Sketch of the medical history of the native army of Bombay, for the year
Year: 1872
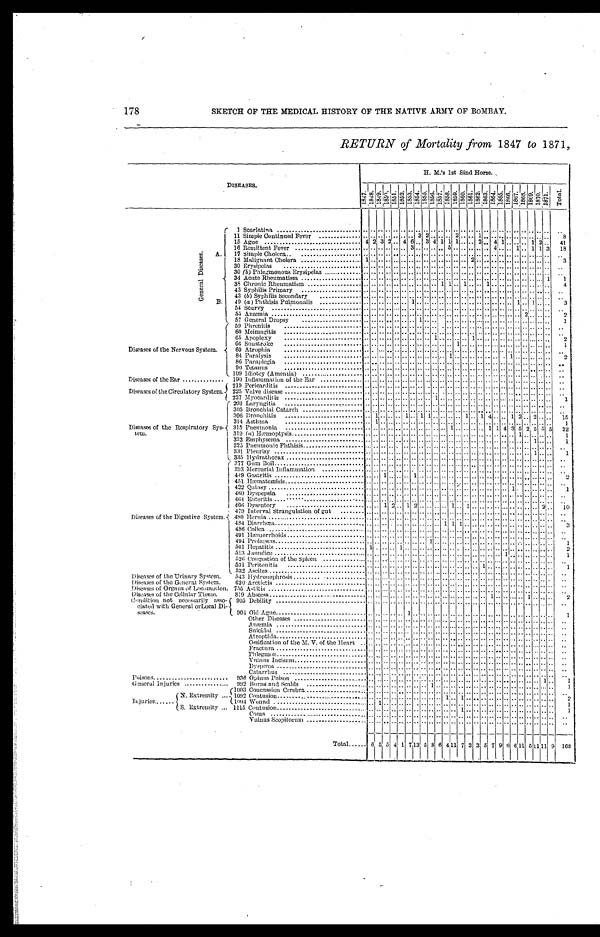
178
SKETCH OF THE MEDICAL HISTORY OF THE NATIVE ARMY OF BOMBAY.
RETURN of Mortality from 1847 to 1871
DISEASES.
H. M.'s 1st Sind Horse.
1 8 4 7
1 8 4 8
1 8 4 9 1 8 5 0
1 8 5 1 1 8 5 2
1 8 5 3 1 8 5 4 1 8 5 5
1 8 5 6
1 8 5 7 1 8 5 8
1 8 5 9 1 8 6 0
1 8 6 1
1862.
1863.
1 8 6 4 .
1 8 6 5 .
1 8 6 6 .
1 8 6 7 .
1868.
1 8 6 9 . 1 8 7 0 . 1 8 7 1 .
T o t a l
G e n e r a l D i s e a s e s . A .
B .
1 Scarlatina
. . . . . . .. . . . . . . . . . . . . . . . . . . . . . .
.. .. . . . . . .
.. . . . . . . . .
11 Simple Continued Fever
. . . . . .
.. . . . . . . 3 2 . . . . . . 2 . . . .
1 .. . . . . . . . .
.. . . . . . . 8
15 Ague
4 2 3 2 . . 4 6 . . 3 4 1 1 1 . . . .
2 .. 4 1 . . . .
.. 1 2 . . 4 1
16 Remittent Fever
. . . . . .
.. . . . . 3 . . . . . . . . 5 . . . . . .
.. .. 4 . . . . 1 .. 1 1 3 1 8
1 7 Simple Cholera
. . . . . .
.. . . . . . . . . . . . . . . . . . . . . . .
.. .. . . . . . . . .
.. . . . . . .
. .
18 Malignant Cholera
1 . . . .
.. . . . . . . . . . . . . . . . . . . . . 2 .. .. . . . . . . . .
.. . . . . . .
3
30 Erysipelas
. . . . . .
.. . . . . . . . . . . . . . . . . . . . . . .
.. .. . . . . . . . .
.. . . . . . . . .
30 (b) Phlegmonous Erysipelas
. . . . . .
.. . . . . . . . . . . . . . . . . . . . . . .
.. .. . . . . . . . . .. . . . . . . . .
34 Acute Rheumatism
..
. . . .
.. . . . . . . . . . . . . . . . . . . . . . . .. .. . . . . . . . . .. . . . . 1
1
38 Chronic Rheumatism
. . . . . .
.. . . . . . . . . . . . . 1 1 . . 1 . .
.. 1 . . . . . . . .
.. . . . . . . 4
43 Syphilis Primary
. . . . . .
.. . . . . . . . . . . . . . . . . . . . . . .
.. .. . . . . . . . .
.. . . . . . . . .
43 (b) Syphilis Secondary
. . . . . .
.. . . . . . . . . . . . . . . . . . . . . . .
.. .. . . . . . . . .
.. . . . . . . . .
. . 4 9 (a ) Phthisis Pulmonalis
. . . . . .
.. . . . . 1 . . . . . . . . . . . . . . . .
.. .. . . . . . . 1 .. 1 . . . . 3
54 Scurvy
. . . . . .
.. . . . . . . . . . . . . . . . . . . . . . .
.. .. . . . . . . . .
.. . . . . . .
. .
5 5 Anæmnia
. . . . . .
.. . . . . . . . . . . . . . . . . . . . . . .
.. .. . . . . . . . .
2 . . . . . .
2
57 General Dropsy
. . . . . .
.. . . . . . . 1 . . . . . . . . . . . . . .
.. .. . . . . . . . .
.. . . . . . .
1
Diseases of the Nervous System.
5 9 . Phrenitis
. . . . . .
.. . . . . . . . . . . . . . . . . . . . . . . .. .. . . . . . . . ... . . . . . . . .
60 Meimagitis
. . . . . .
.. . . . . . . . . . . . . . . . . . . . . . . .. .. . . . . . . . ... . . . . . . . .
65 Apoplexy
. . . . . .
.. . . . . . . . . . . 1 . . . . . . . . 1 .. .. . . . . . . . .
.. . . . . . . 2
66 Sunstroke
. . . . . .
.. . . . . . . . . . . . . . . . . 1 . . . ... .. . . . . . . . ... . . . . . . 1
69 Atrophic
. . . . . ... . . . . . . . . . . . . . . . . . . . . . .
.. .. . . . . . . . .
.. . . . . . .
. .
84 Paralysis
. . . . . ... . . . . . . . . . . . . . . 1 . . . . . .
.. .. . . . . . . . .
.. . . . . . .
1
86 Paraplegia
. . . . . .
.. . . . . . . . . . . . . . . . . . . . . . .
.. .. . . . . . . . .
.. . . . . . . . .
90 Tetanus
. . . . . .
.. . . . . . . . . . . . . . . . . . . . . . .
.. .. . . . . . . . .
.. . . . . . . . .
. . 1 0 9
Idiotcy (Amentia)
. . . . . .
.. . . . . . . . . . . . . . . . . . . . . . .
.. .. . . . . . . . .
.. . . . . . . . .
Diseases of the Ear
190 Inflammation of the Ear
. . . . . .
.. . . . . . . . . . . . . . . . . . . . . . .
.. .. . . . . . . . .
.. . . . . . . . .
Diseases of the Circulatory System.
219 Pericarditis
. . . . . .
.. . . . . . . . . . . . . . . . . . . . . . . .. .. . . . . . . . . .. . . . . . . . .
225 Valve disease
. . . . . .
.. . . . . . . . . . . . . . . . . . . . . . .
.. .. . . . . . . . .
.. . . . . . . . .
227 Myocarditis
. . . . . .
.. . . . . . . . . . . 1 . . . . . . . . . .
.. .. . . . . . . . .
.. . . . . . . 1
Diseases of the Respiratory Sys-
tem.
293 Laryngitis
. . . . . . .. . . . . . . . . . . . . . . . . . . . . . . .. .. . . . . . . . . .. . . . . . . . .
305 Bronchial Catarrh
. . . . . .
.. . . . . . . . . . . . . . . . . . . . . . .
.. .. . . . . . . . .
.. . . . . . . . .
306 Bronchitis
. . 1 . .
.. . . 1 . . 1 1 . . . . . . . . 1 . .
1 4 . . . . 1 2 .. 2 . . . . 1 5
314 Asthma
. . 1 . .
.. . . . . . . . . . . . . . . . . . . . . . .
.. .. . . . . . . . .
.. . . . . . . 1
315 Pneumonia
. . . . . .
.. . . . . . . . . . . . . . . 1 . . . . . . .. 1 1 4 3 5 2 5 5 5 3 2
319 (a) Hæmoptysis
. . . . . .
.. . . . . . . . . . . . . . . . . . . . . . .
.. .. . . . . . . 1 .. . . . . . .
1
322 Emphysema
. . . . . .
.. . .
. .
. . . . . . . . . . . . . . . . . .
.. .. . . . . . . . .
.. 1 . . . .
1
325 Pneumonic Phthisi
. . . . . .
.. . . . . . . . . . . . . . . . . . . . . . .
.. .. . . . . . . . .
.. . . . . . .
. .
331 Pleurisy
. . . . . .
.. . . . . . . . . . . . . . . . . . . . . . .
.. .. . . . . . . . .
.. 1 . . . .
1
335 Hydrathorax
. . . . . .
.. . . . . . . . . . . . . . . . . . . . . . .
.. .. . . . . . . . .
.. . . . . . .
. .
Diseases of the Digestive System.
377 Gum Boil
. . . . . .
.. . . . . . . . . . . . . . . . . . . . . . .
.. .. . . . . . . . .
.. . . . . . .
. .
293 Mercurial Inflammation
. . . . . .
.. . . . . . . . . . . . . . . . . . . . . . .
.. .. . . . .
. . . .
.. . .
. . . .
. .
449 Gastritis
. . . . 1 .. . . . . 1 . . . . . .
. . . . . . . . . .
.. .. . . . . . . . .
.. . . . . . .
2
451 Hæmatemisis
. . . . . .
.. . . . . . . . . . . . . . . . . . . . . . .
.. .. . . . . . . . .
.. . . . . . .
. .
422 Quinsy
. . . . . .
.. . . . . . . . . . . . . . . . . . . . . . .
.. .. . . . . 1 . .
.. . . . . . .
1
460 Dyspepsia
. . . . . .
.. . . . . . . . . . . . . . . . . . . . . . .
.. .. . . . . . . . .
.. . . . . . . . .
464 Enteritis
. . . . . .
.. . . . . . . . . . . . . . . . . . . . . . . . .
.. .. . . . . . . . . .. . . . . . . . .
466 Dysentery
. . . . 1 2 . . 1 2 . . . . . . . . 1 . . 1 . .
.. .. . . . . . . . .
.. . . 2 . .
1 0
479 Interval Strangulation of gut
. . . . . .
.. . . . . . . . . . . . . . . . . . . . . . .
.. .. . . . . . . . .
.. . . . . . .
. .
480 Hernia
. . . . . .
.. . . . . . . . . . . . .. . . . . . . . . .
.. .. . . . . . . . .
.. . . . . . . . .
. 4 8 4 Diarrhœa
. . . . . .
.. . . . . . . . . . . . . . . 1 1 1 . .
.. .. . . . . . . . .
.. . . . . . .
3
486 Colica
. . . . . .
.. . . . . . . . . . . . . . . . . . . . . . . .. .. . . . . . . . . .. . . . . . .
. .
491 Hæmorrhoids
. . . . . .
.. . . . . . . . . . . . . . . . . . . . . . .
.. .. . . . . . . . .
.. . . . . . . . .
494 Prolapsus
. . . . . .
.. . . . . . . . . 1 . . . . . . . . . . . . .. .. . . . . . . . .
.. . . . . . .
1
501 Hepatitis
1 . . . .
.. 1 . . . . . . . . . . . . . . . . . . . .
.. .. . . . . . . . .
.. . . . . . . 2
513 Jaundice
. . . . . .
.. . . . . . . . .. . . . . . . . . . . . . . .. .. . . 1 . . . .
.. . . . . . . 1
526 Congestion of the Spleen
. . . . . .
.. . . . . . . . . . . . . . . . . . . . . . .
.. .. . . . . . . . .
.. . . . . . .
. .
571 Peritonitis
. . . . . .
.. . . . . . . . . . . . . . . . .. . . . 1 .. . . . . . . . .
.. . . . . . . 1
532 Ascites
. . . . . .
.. . . . . . . . . . . . . . . . . . . . . . .
.. .. . . . . . . . .
.. . . . . . . . .
Diseases of the Urinary System.
543 Hydronephrosis
. . . . . .
.. . . . . . . . . . . . . . . . . . . . . . .
.. .. . . . . . . . .
.. . . . . . . . .
Diseases of the Generat System. 620 Arctictis
. . . . . .
.. . . . . . . . . . . . . . . . . . . . . . .
.. .. . . . . . . . .
.. . . . . . .
. .
Diseases of Organs of Locomotion. 755 Astitis
. . . . . .
.. . . . . . . . . . . . . . . . . . . . . . .
.. .. . . . . . . . .
.. . . . . . .
. .
Diseases of the Cellular Tissue.
819 Abscess
. . . . . . . .
.. . . . . . . . . . . . . . . . . . . . . . ... .. . . . . . . . . .. . . . . . .
. .
Condition not necessarily asso-
ciated with General or Local Di-
s e a s e s .
905 Debility
. . . . . .
.. . . . . . . . . . . . . . . . . . . . . . . .. .. . . . . . . . . .. . . . . . . . .
901 Old Agne
. . . . . .
.. . . 1 . . . . . . . . . . . . . . . . . .
.. .. . . . . . . . .
.. . . . . . .
1
Other Diseases
. . . . . .
.. . . . . . . . . . . . . . . . . . . . . . .
.. .. . . . . . . . .
.. . . . . . . . .
Anæmia
. . . . . .
.. . . . . . . . . . . . . . . . . . . . . . .
.. .. . . . . . . . .
.. . . . . . .
. .
Suicidal
. . . . . .
.. . . . . . . . . . . . . . . . . . . . . . .
.. .. . . . . . . . .
.. . . . . . .
. .
Atropthia
. . . . . .
.. . . . . . . . . . . . . . . . . . . . . . .
.. .. . . . . . . . .
.. . . . . . . . .
Ossification of the M. V. of the Heart . . . . . .
.. . . . . . . . . . . . . . . . . . . . . . . .. .. . . . . . . . . .. . . . . . .
. .
Fractura
. . . . . .
.. . . . . . . . . . . . . . . . . . . . . . .
.. .. . . . . . . . .
.. . . . . . . . .
Phlegmon
. . . . . .
.. . . . . . . . . . . . . . . . . . . . . . . .. .. . . . . . . . .
.. . . . . . . . .
Vulnus Incisum
. . . . . .
.. . . . . . . . . . . . . . . . .. . . . . .
.. .. . . . . . . . .
.. . . . . . . . .
Dysprœa
. . . . . .
.. . . . . . . . . . . . . . . . . . . . . . .
.. .. . . . . . . . .
.. . . . . . . . .
Catarrhus
. . . . . .
.. . . . . . . . . . . . . . . . . . . . . . .
.. .. . . . . . . . .
.. . . . . . .
. .
P o i s o n s
9 3 6 Opium Poison
. . . . . .
.. . . . . . . . . . . . . . . . . . . . . . .
.. .. . . . . . . . .
.. . . 1 . .
1
General Injuries
992 Burns and Scald
. . . . . .
.. . . . . . . . . 1 . . . . . . . . . . . .
.. .. . . . . . . . .
.. . . . . . .
1
Injuries
N.Extremity
1003 Concussion Cerebra
. . . . . . .. . . . . . . . . . . . . . . . . . . . . . . .. .. . . . . . . . . .. . . . . . .
. .
1092 Contusion
. . . . . .
.. . . . . . . . . . . . . 1 . . 1 . . . .
.. .. . . . . . . . .
.. . . . . . .
2
1 0 9 4 Wound
. . 1 . .
.. . . . . . . . . . . . . . . . . . . . . . .
.. .. . . . . . . . .
.. . . . . . .
1
S.Extremity 1115 Contusion
. . . . . .
.. . . . . . . . . . . . . . . . . 1 . . . .
.. .. . . . . . . . .
.. . . . . . .
1
Coma
. . . . . .
.. . . . . . . . . . . . . . . . . . . . . . .
.. .. . . . . . . . .
.. . . . . . .
. .
Vulnus Scopitorum
. . . . . .
.. . . . . . . . . . . . . . . . . . . . . . .
.. .. . . . . . . . .
.. . . . . . . . .
Total
6 5 5 4 1 7 1 3 5 8 6 4 1 1 7 3 3 5 7 9 8 6 1 1
5 1 1 1 1 9
1 6 8